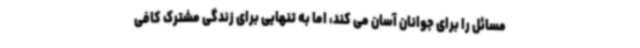
مسائل را برای جوانان آسان می کند، اما به تنهایی برای زندگی مشترک کافی